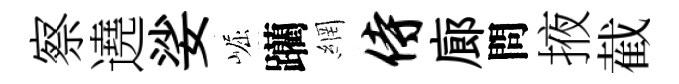
察遶娑崛躪網侍廊問掖截